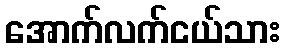
အောက်လက်ငယ်သား